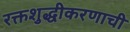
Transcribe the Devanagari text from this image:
रक्तशुद्धीकरणाची